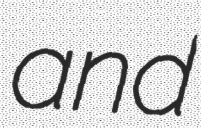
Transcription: and